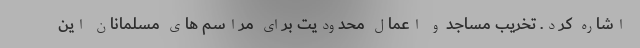
اشاره کرد. تخریب مساجد و اعمال محدودیت برای مراسم های مسلمانان این